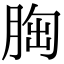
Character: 𦛳